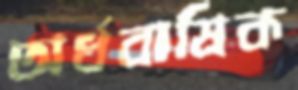
অর্ধবাষিক